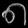
Digit: ၈